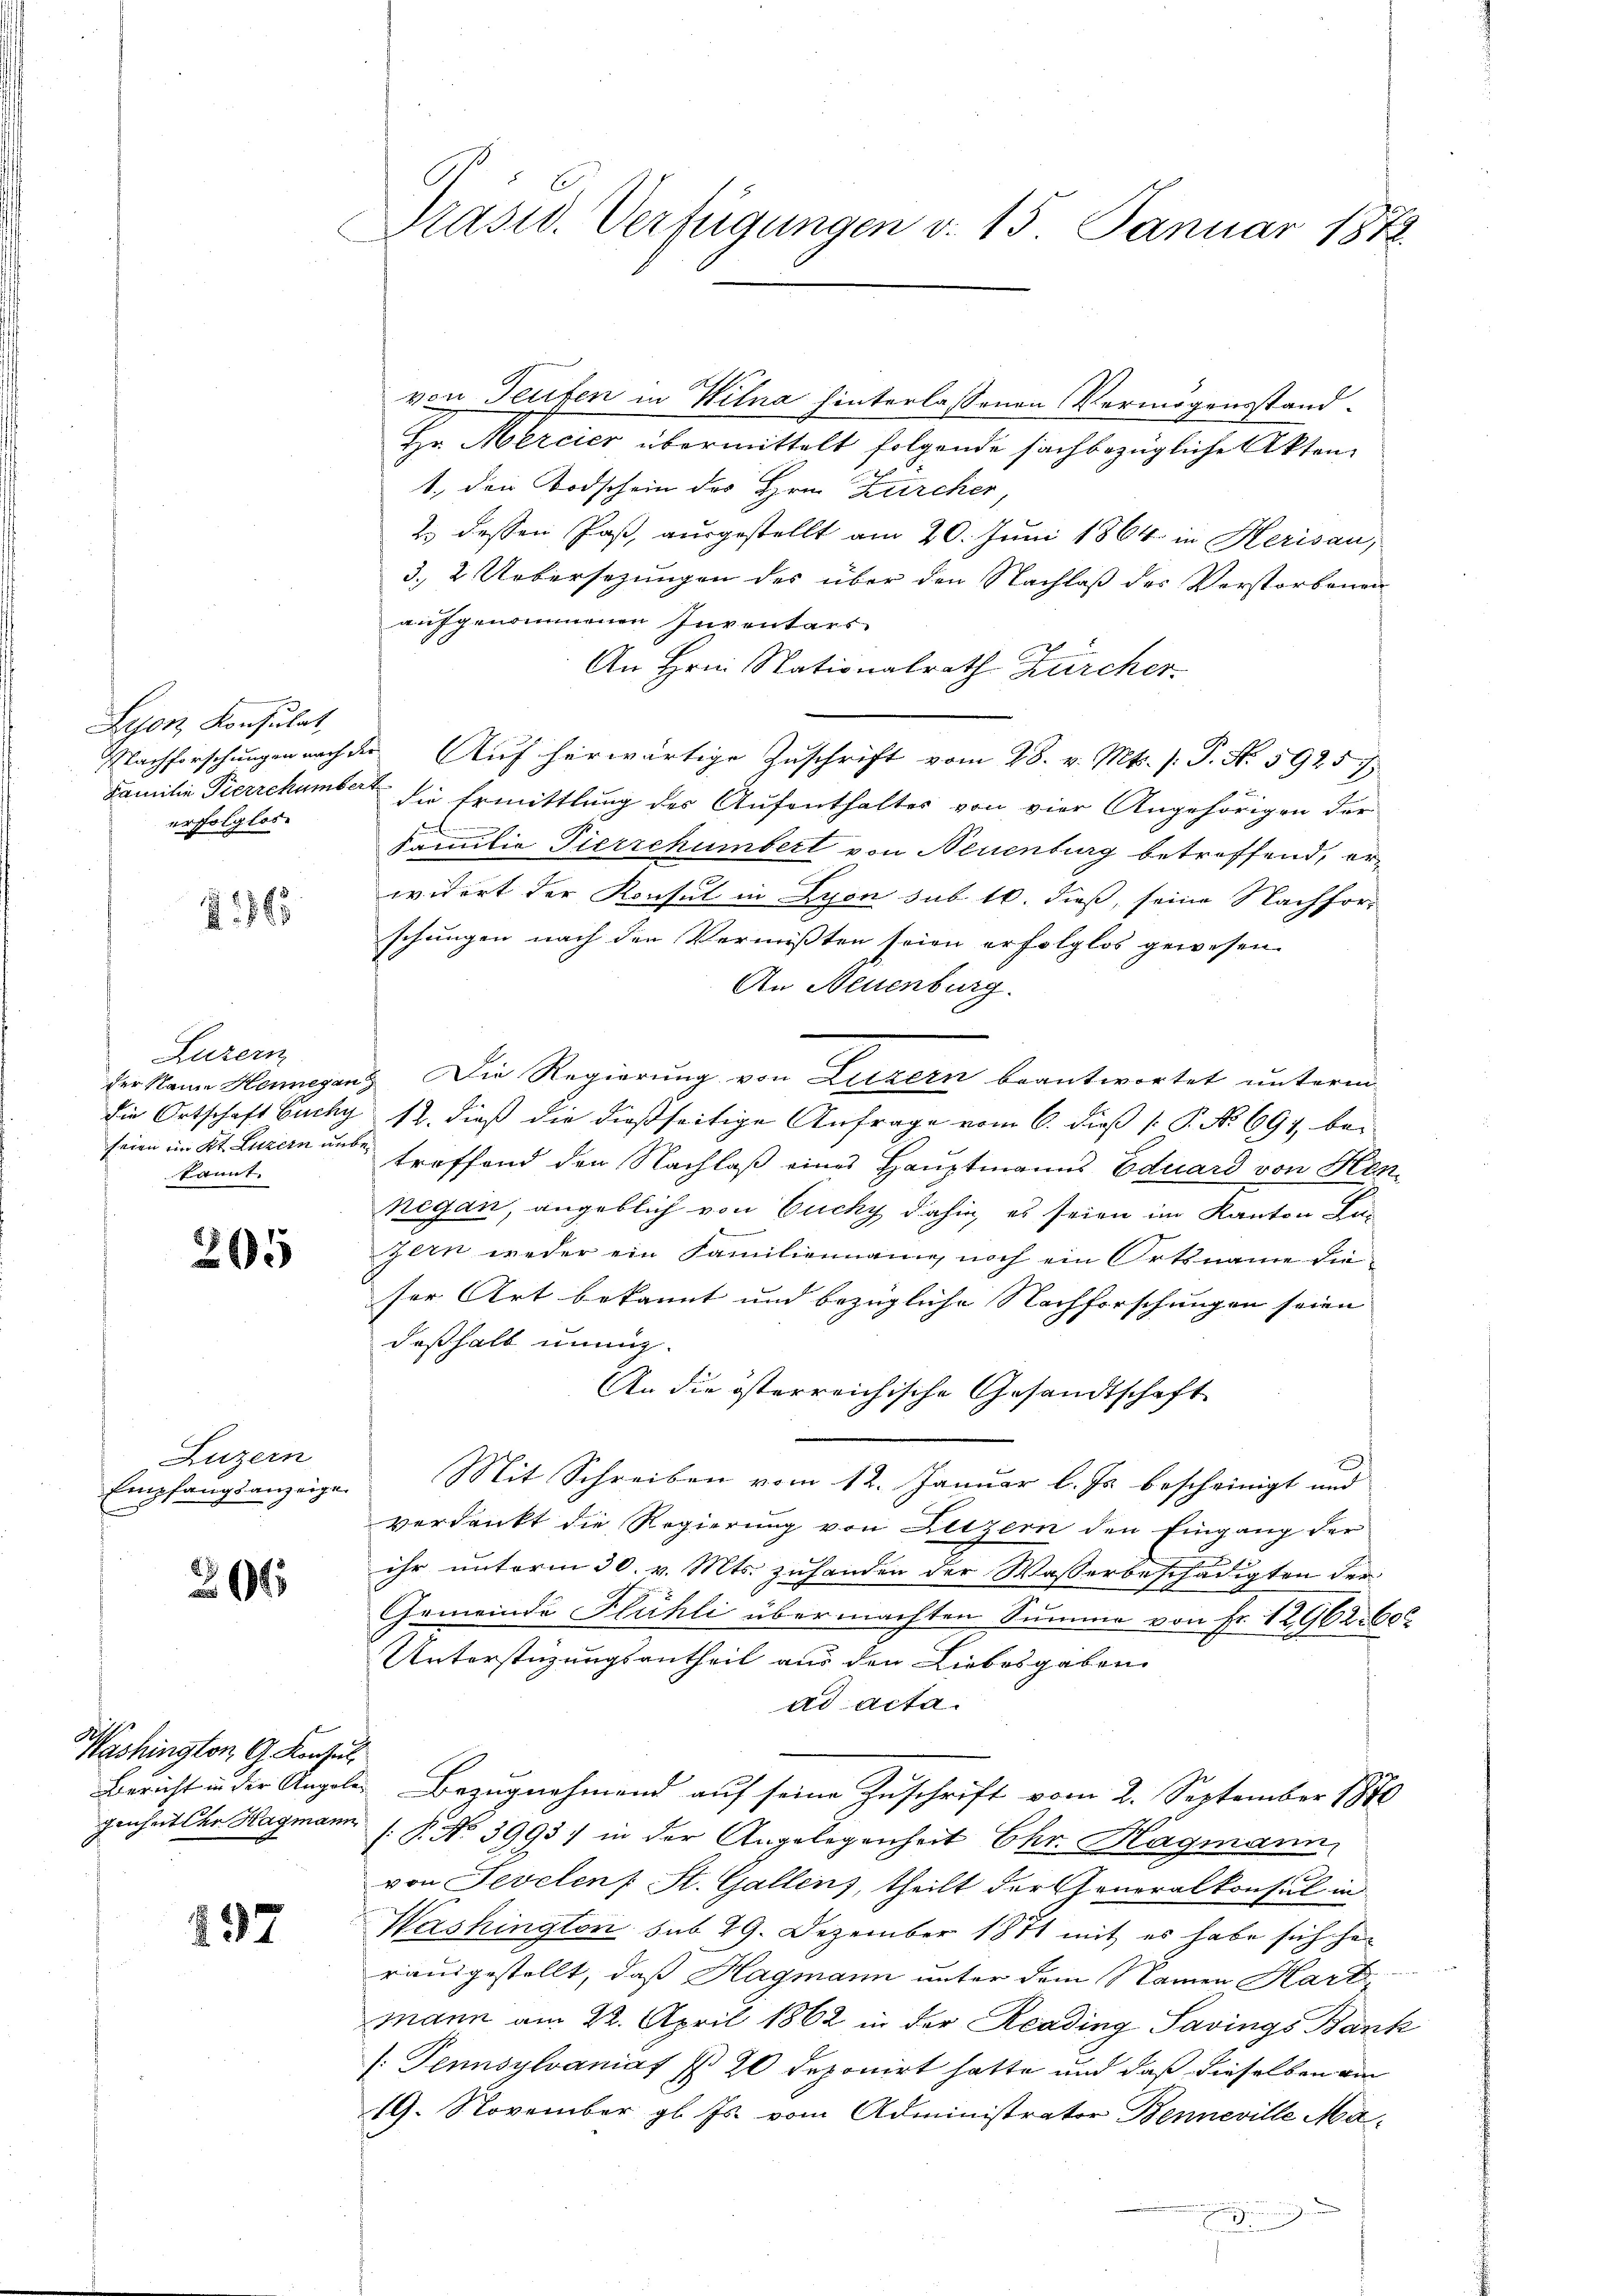
Leonz Konsulat,
Familie Pierrchümbert
erfolglos.

§ 1863

Luzern
seien im Kt. Luzern unbekannt.

205

Luzern
Empfangsanzeige

20

A
Washington G. Konsul

237

von Teufen in Wilna hinterlassenen Vermögensstand¬
Hr. Mercier übermittelt folgende sachbezügliche Akten
1., den Todschein des Hrn. Zürcher
2 dessen Paß, ausgestellt am 20. Juni 1864 in Herisau,
3. 2. Uebersezungen des über den Nachlaß des Verstorbenen
aufgenommenen Inventars
An Hrn. Nationalrath Zürcher
Nachforschungen nach der Aŭf herwärtige Zŭschrift vom 28. v. Mts. (T. N. 59257
die Ermittlung des Aufenthalter von vier Angehörigen der
u
Familie Tierschümbert von Neuenburg betreffend, erwidert der Konsul in Lyon sub 10. dieß, seine Nachforschungen nach den Vermißten seien erfolglos gewesen.
An Neuenburg.
der Name Hennegen Die Regierung von Luzern beantwortet unterm
die Ortschaft Buchy 12. dieß die dießseitige Anfrage vom 6. dieß P. No 691, betroffend den Nachlaß eines Hauptmanns Eduard von Hen-
nigan, angeblich von Buchy dahin, es seien im Kanton Lus
zern weder ein Familiennang, noch ein Ortsname dieser Art bekannt und bezügliche Nachforschungen seien
deßhalb unnig.
An die österreichische Gesandtschaft
Mit Schreiben vom 12. Januar l. Js. bescheinigt und
verdankt die Regierung von Letzern den Eingang der
ihr unterm 30. v. Mts. zuhanden der Wasserbeschädigten der
Gemeinde Flühli übermachten Summe von Fr. 12962. 60
Unterstüzungsantheil aus den Liebesgaben.
ad acta.
Bericht in der Angeler Bezugnehmend auf seine Zuschrift vom 2. September 1870
genheit der Hagmann P. No 3993) in der Angelegenheit Chr. Hagmann,
von Sevelen : St. Gallens, theilt der Generalkonsul in
Washington sub 29. Dezember 1871 mit es habe sich her
rausgestellt, daß Hagmann unter dem Namen Hart
mann am 22. April 1862 in der Reading Savings Bank
[Pennsylvanias § 20 deponirt hatte und daß dieselben am
19. November gl. Js. vom Administrator Benneville Ma-

Präsid. Verfügungen v. 15. Januar 1872.